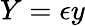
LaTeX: Y=\epsilon y